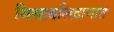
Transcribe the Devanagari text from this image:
मिसाबलिदानात